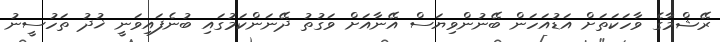
ރޭޝްމާގެ ވާހަކަތަށް އަޑުއަހަން ބޭނުންވިޔަސް އޭނާއަށް ވަގުތު ދޭނަންކަމުގައި ބުނެފައިވަނީ ޚުދު ތަހުސީނު